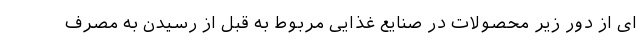
ای از دور زیر محصولات در صنایع غذایی مربوط به قبل از رسیدن به مصرف